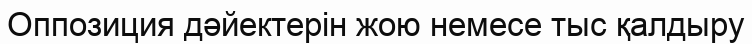
Оппозиция дәйектерін жою немесе тыс қалдыру